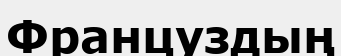
Француздың